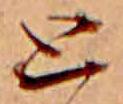
と